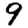
Digit: 9